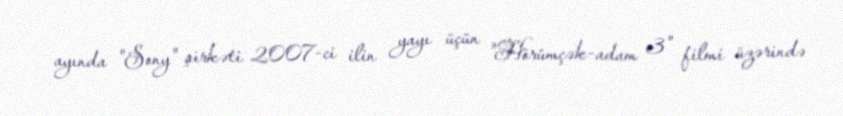
ayında "Sony" şirkəti 2007-ci ilin yayı üçün "Hörümçək-adam 3" filmi üzərində